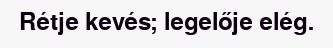
Rétje kevés; legelője elég.